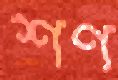
শণ